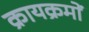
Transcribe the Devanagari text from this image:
क्रायक्रमों